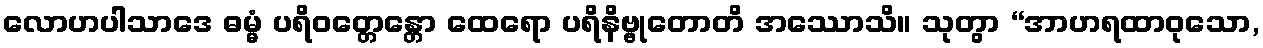
လောဟပါသာဒေ ဓမ္မံ ပရိဝတ္တေန္တော ထေရော ပရိနိဗ္ဗုတောတိ အဿောသိ။ သုတွာ “အာဟရထာဝုသော,